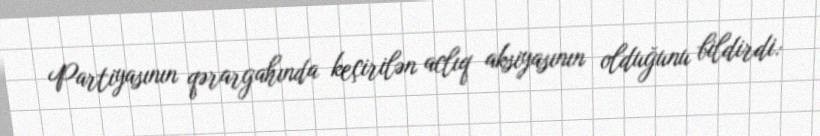
Partiyasının qərargahında keçirilən aclıq aksiyasının olduğunu bildirdi: